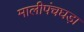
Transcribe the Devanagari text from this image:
मालीपंचघड़ा